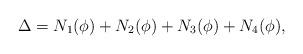
LaTeX: \begin{align*}\Delta = N_1(\phi) + N_2(\phi) + N_3(\phi) + N_4(\phi),\end{align*}